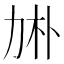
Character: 𠡙